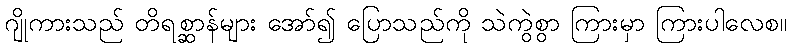
ဂျိုကားသည် တိရစ္ဆာန်များ အော်၍ ပြောသည်ကို သဲကွဲစွာ ကြားမှာ ကြားပါလေစ။